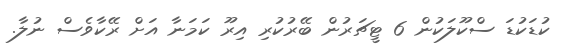
ކުޑަކުޑަ ސްކޫލަކުން 6 ޓީޗަރުން ބޭރުކުރި އިރޫ ކަމަނާ އަށް ރޭކާވެސް ނުލާ.